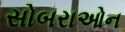
સોબરાઓન